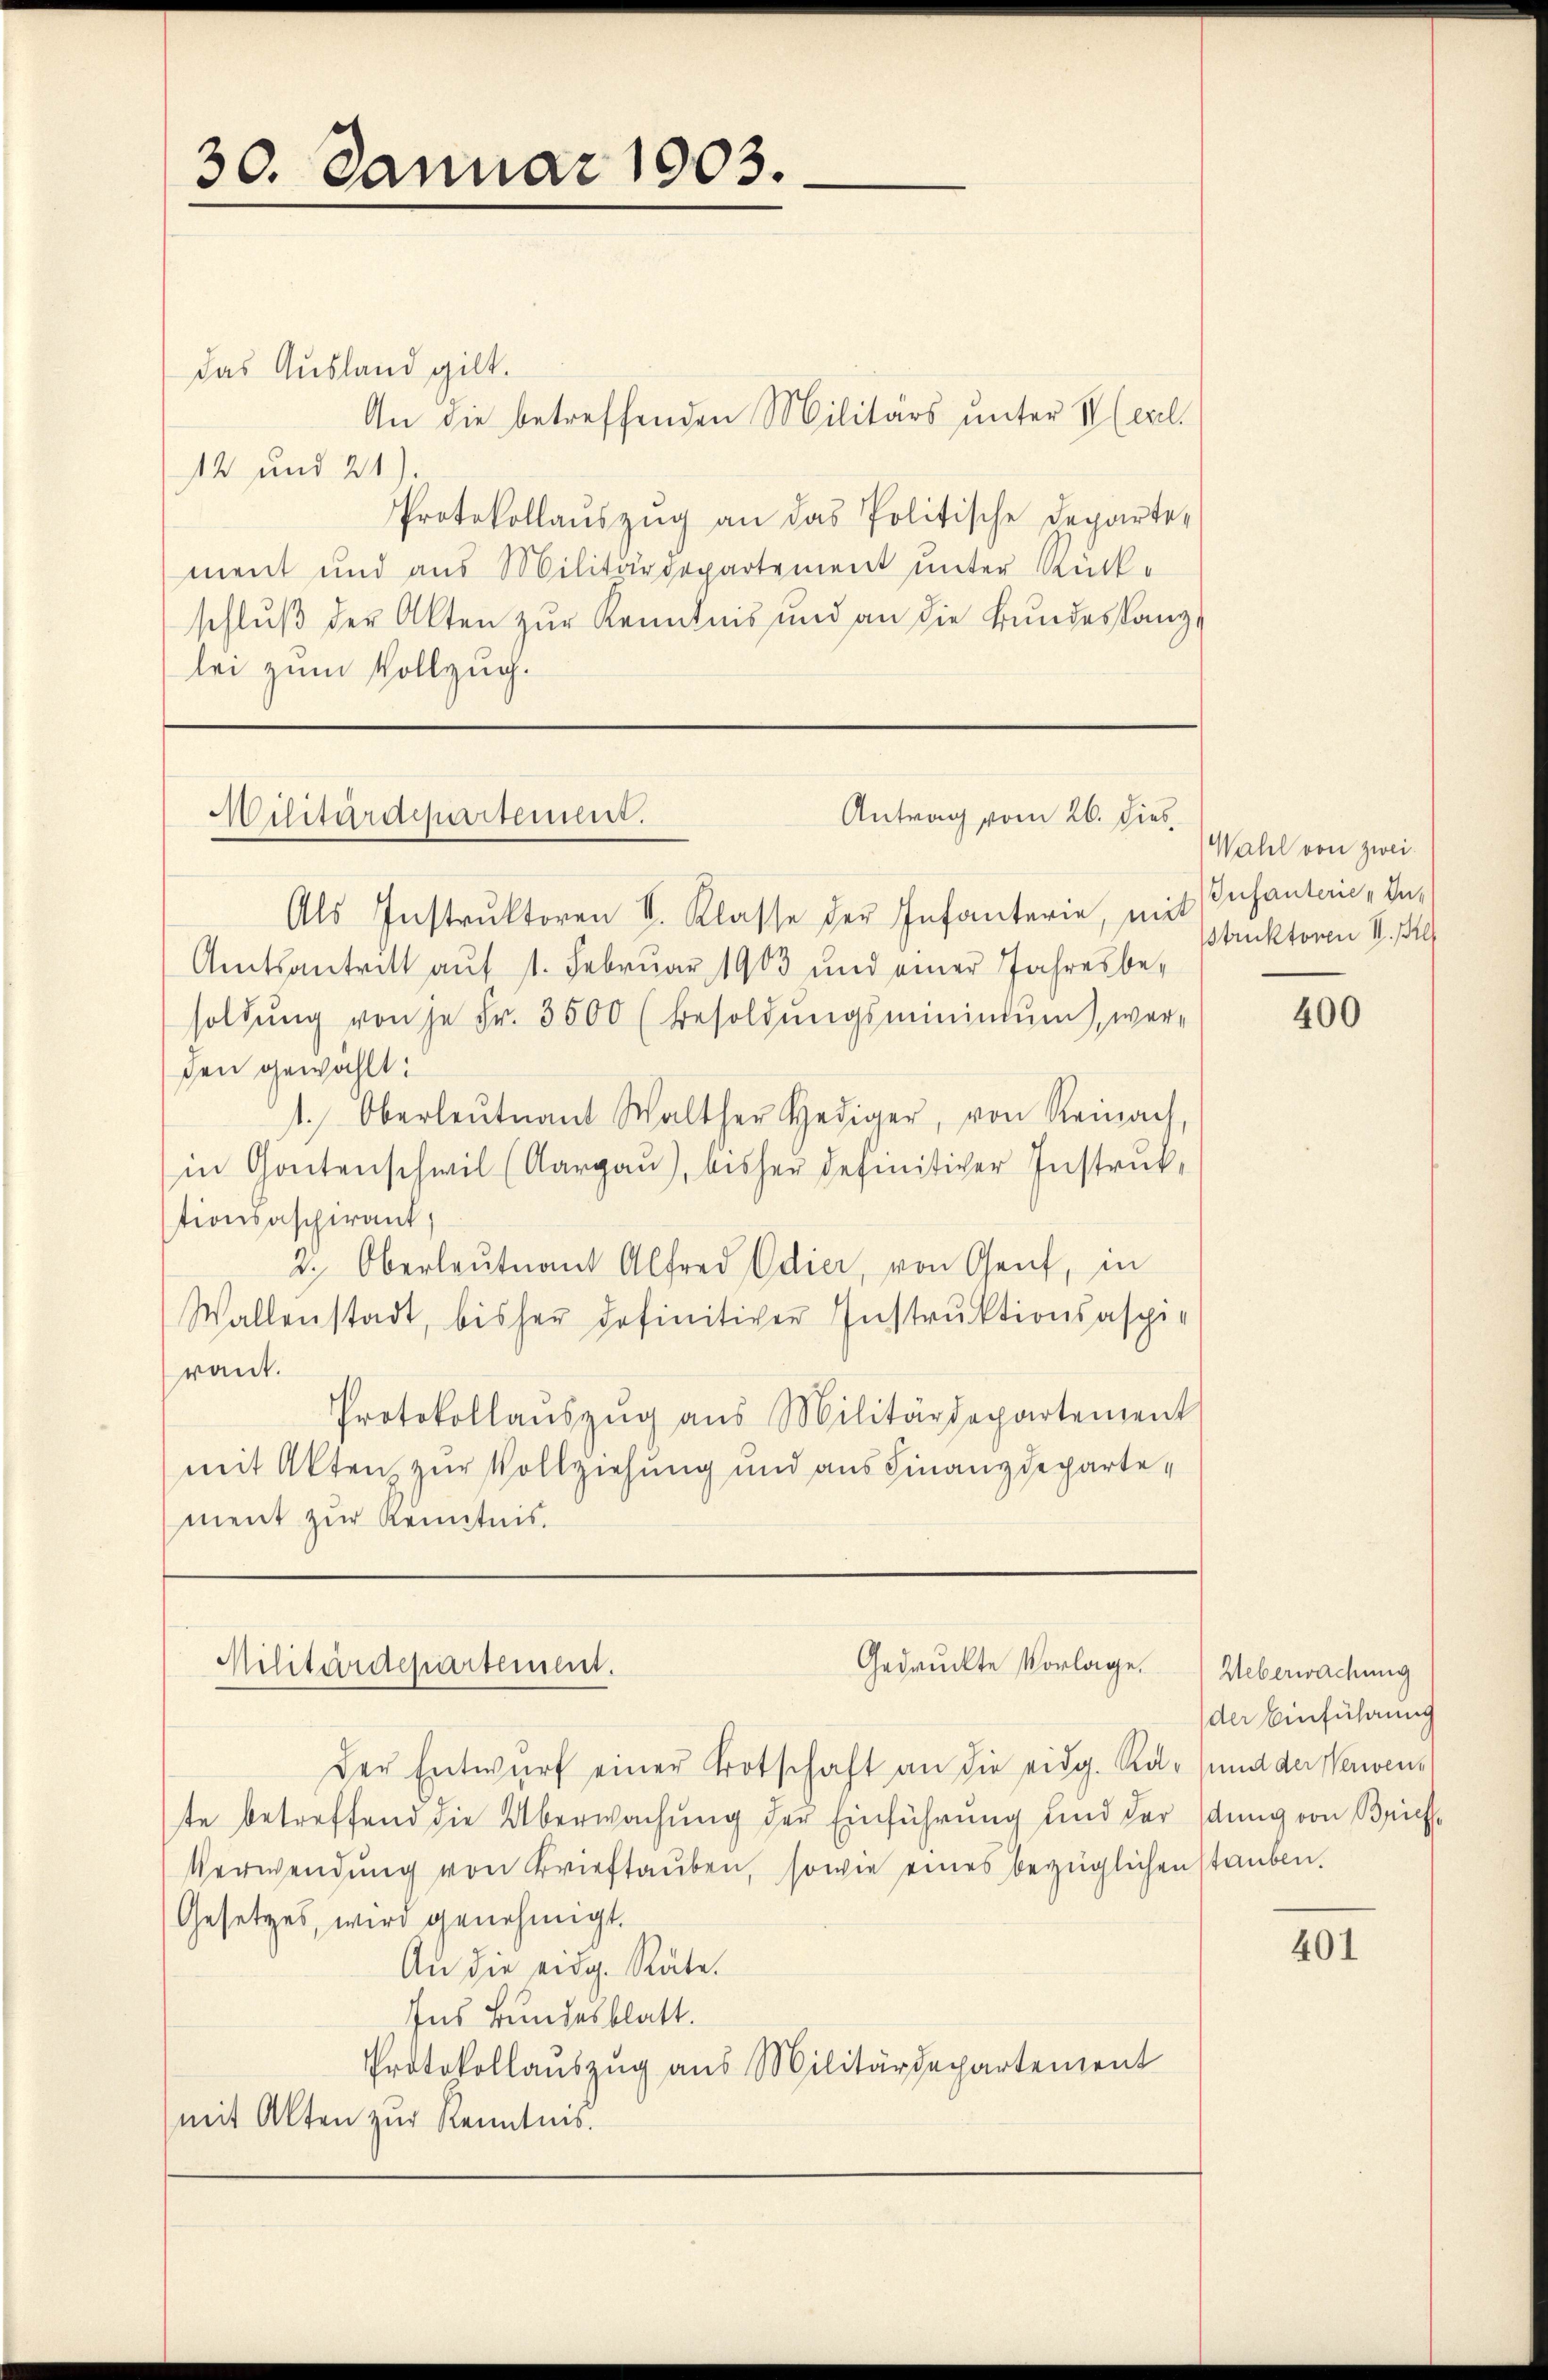
30. Januar 1903.

das Ausland gilt.
An die betreffenden Militärs unter Klerel
14 und 21)
Protokollaŭszŭg an das Politische Departe,
ment und aus Militärdepartement unter Rückschlŭβ der Akten zŭr Kenntnis und an die Bŭndesstanz-
lei zum Vollzug.

Antrag vom 26. dies
Militärdepartement.

Als Instrŭktoren V. Klasse der Infanterie, mit Anfanterie, In¬
Amtsantritt aŭf 1. Febrŭar 1903 und einer Jahresbe-
soldŭng von je Fr. 3500 (besoldŭngsmininŭm, wer-
den gewählt:
1. Oberleutnant Walther Hediger, von Reinach,
in Gontenschwil (Aargau), bisher definitiver Instruktionsaschirant,
2. Oberleutnant Alfred Odier, von Genf, in
Wallenstadt, bisher definitiver Instruktionsaspi-
raut.
Protokollaŭszŭg aŭs Militärdepartement
mit Akten zur Vollziehung und aus Finanzdepartement zur Kenntnis.

Militärdepartement.
Gedruckte Vorlage. Ueberwachung

Der Entwurf einer Brotschaft an die eidg. Rat- und der Verwente betreffend die Überwachung der Einführung und der stung von Brief¬
Verwendŭng von Brieftaŭben, sowie eines bezüglichen stauben.
Gesetzes, wird genehmigt.
An die eidg. Räte.
Ins Bundesblatt.
Protokollauszug aus Militärdepartement
mit Alten zur Kenntnis.

Wahl von zwei
Struktoren I. Kl

400

der Einführung

401